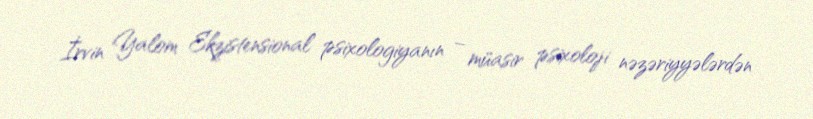
İrvin Yalom Ekzistensional psixologiyanın – müasir psixoloji nəzəriyyələrdən